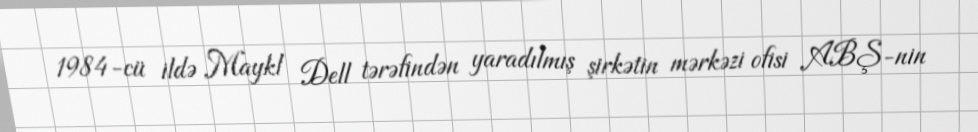
1984-cü ildə Maykl Dell tərəfindən yaradılmış şirkətin mərkəzi ofisi ABŞ-nin